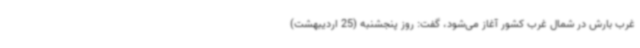
غرب بارش در شمال غرب کشور آغاز می‌شود، گفت: روز پنجشنبه (25 اردیبهشت)